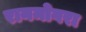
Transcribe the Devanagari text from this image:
रानमोगरा